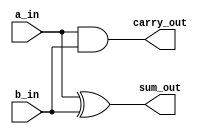
/********************************************************************************************

Webpage: https://github.com/vigneshi5617

Filename:	half_adder.v   

Description:	Half adder design 

Date:		01/16/2022

Author:		Vignesh Anand

Email:		vigneshi5617@gmail.com

Version:	1.0

*********************************************************************************************/



module half_adder(a_in,
	          b_in,
		  sum_out,
		  carry_out);

  input a_in,
	b_in;

  output sum_out,
	 carry_out;


  //By default all the input and output are wired dataTypes

//We use "assign" to put values in the output . So for that LHS has to WIRED DATATYPE


  assign sum_out=a_in^b_in;
  assign carry_out=a_in&b_in;

endmodule